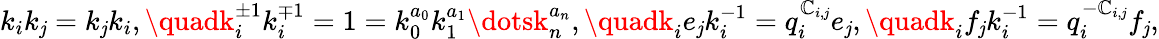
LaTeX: k_{i}k_{\mathit{j}}=k_{\mathit{j}}k_{i},\quadk_{i}^{\pm1}k_{i}^{\mp1}=1=k_{0}^{a_{0}}k_{1}^{a_{1}}\dotsk_{n}^{a_{n}},\quadk_{i}e_{\mathit{j}}k_{i}^{-1}=q_{i}^{\mathbb{C}_{i,\mathit{j}}}e_{\mathit{j}},\quadk_{i}f_{\mathit{j}}k_{i}^{-1}=q_{i}^{-\mathbb{C}_{i,\mathit{j}}}f_{\mathit{j}},